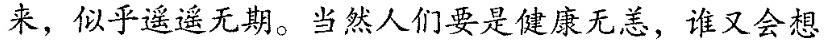
来，似乎遥这天期。当然人们要是健康无恙，谁又会想